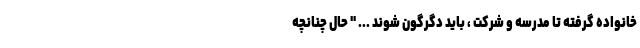
خانواده گرفته تا مدرسه و شرکت ، باید دگرگون شوند ... " حال چنانچه